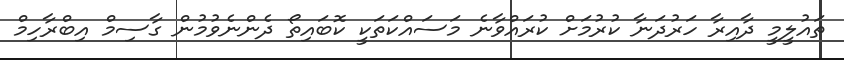
ތައުލީމީ ދާއިރާ ހަރުދަނާ ކުރުމަށް ކުރައްވާނެ މަސައްކަތަކީ ކޮބައިތޯ ދެންނެވުމުން ގާސިމް އިބްރާހިމް